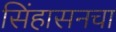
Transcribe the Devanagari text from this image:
सिंहासनचा